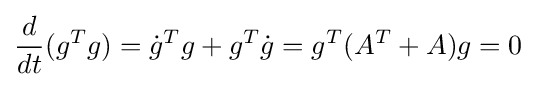
{d \over dt}(g^{T}g)={\dot {g}}^{T}g+g^{T}{\dot {g}}=g^{T}(A^{T}+A)g=0